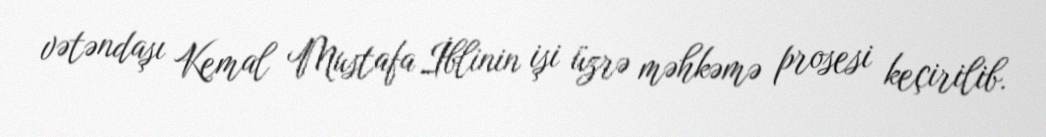
vətəndaşı Kemal Mustafa İblinin işi üzrə məhkəmə prosesi keçirilib.